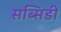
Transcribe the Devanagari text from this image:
सब्सिडी